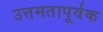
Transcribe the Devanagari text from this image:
उत्तमतापूर्वक